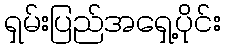
ရှမ်းပြည်အရှေ့ပိုင်း